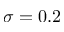
\sigma = 0 . 2